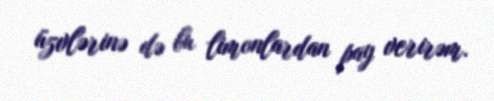
üzvlərinə də bu limonlardan pay verirəm.